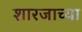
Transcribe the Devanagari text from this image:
शारजाच्या